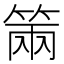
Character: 𥮩